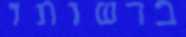
ברשותו